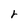
Character: r